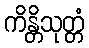
ကိန္တိသုတ္တံ